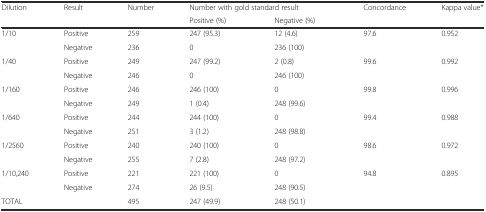
| <ROWSPAN=2> Dilution | <ROWSPAN=2> Result | <ROWSPAN=2> Number | <COLSPAN=2> Number with gold standard result | <ROWSPAN=2> Concordance | <ROWSPAN=2> Kappa value* |
 | Positive (%) | Negative (%) |
 | --- | --- | --- | --- | --- | --- | --- |
 | <ROWSPAN=2> 1/10 | Positive | 259 | 247 (95.3) | 12 (4.6) | 97.6 | 0.952 |
 | Negative | 236 | 0 | 236 (100) |  |  |
 | <ROWSPAN=2> 1/40 | Positive | 249 | 247 (99.2) | 2 (0.8) | 99.6 | 0.992 |
 | Negative | 246 | 0 | 246 (100) |  |  |
 | <ROWSPAN=2> 1/160 | Positive | 246 | 246 (100) | 0 | 99.8 | 0.996 |
 | Negative | 249 | 1 (0.4) | 248 (99.6) |  |  |
 | <ROWSPAN=2> 1/640 | Positive | 244 | 244 (100) | 0 | 99.4 | 0.988 |
 | Negative | 251 | 3 (1.2) | 248 (98.8) |  |  |
 | <ROWSPAN=2> 1/2560 | Positive | 240 | 240 (100) | 0 | 98.6 | 0.972 |
 | Negative | 255 | 7 (2.8) | 248 (97.2) |  |  |
 | <ROWSPAN=2> 1/10,240 | Positive | 221 | 221 (100) | 0 | 94.8 | 0.895 |
 | Negative | 274 | 26 (9.5) | 248 (90.5) |  |  |
 | <COLSPAN=2> TOTAL | 495 | 247 (49.9) | 248 (50.1) |  |  |